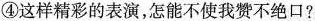
④这样精彩的表演，怎能不使我赞不绝口?